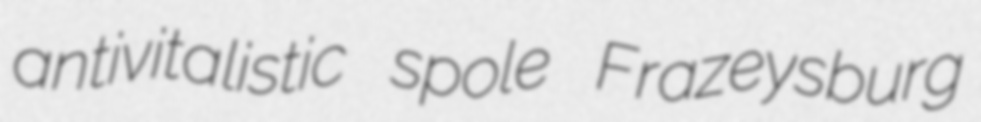
antivitalistic spole Frazeysburg